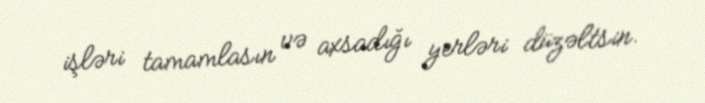
işləri tamamlasın və axsadığı yerləri düzəltsin.